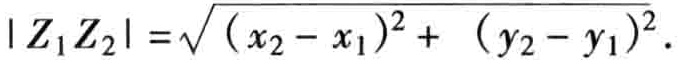
\(|Z_1Z_2| = \sqrt{(x_2 - x_1)^2 + (y_2 - y_1)^2}\)